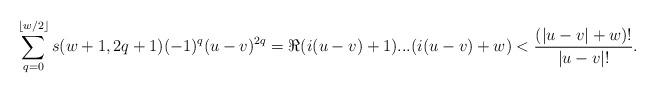
LaTeX: \begin{align*}\sum_{q=0}^{\lfloor w/2\rfloor}s(w+1,2q+1)(-1)^q(u-v)^{2q}=\Re (i(u-v)+1)...(i(u-v)+w)<\frac{(|u-v|+w)!}{|u-v|!}.\end{align*}